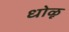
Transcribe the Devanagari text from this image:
धोळू